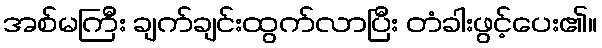
အစ်မကြီး ချက်ချင်းထွက်လာပြီး တံခါးဖွင့်ပေး၏။